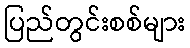
ပြည်တွင်းစစ်များ